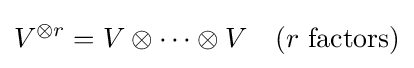
V^{\otimes r}=V\otimes \cdots \otimes V\quad (r{\text{ factors}})